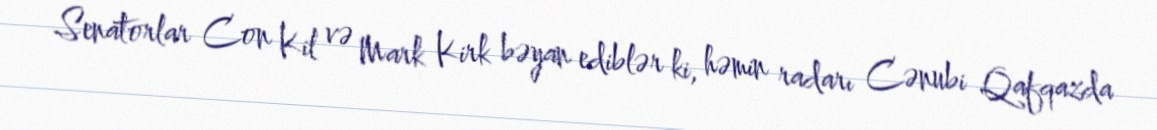
Senatorlar Con Kil və Mark Kirk bəyan ediblər ki, həmin radarı Cənubi Qafqazda